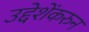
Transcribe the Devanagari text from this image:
उद्देशेंकरुन